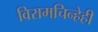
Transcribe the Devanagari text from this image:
विरामचिन्हेही